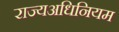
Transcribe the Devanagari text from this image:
राज्यअधिनियम